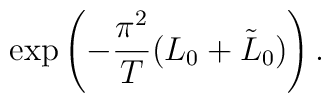
\exp\left(-\frac{\pi^2}{T}(L_0+\tilde{L}_0)\right).